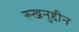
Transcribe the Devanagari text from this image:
रुखनुद्दीन